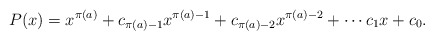
\begin{align*}P(x) = x^{\pi(a)} + c_{\pi(a) - 1}x^{\pi(a) - 1} + c_{\pi(a) - 2}x^{\pi(a) - 2} + \cdots c_1x + c_0.\end{align*}